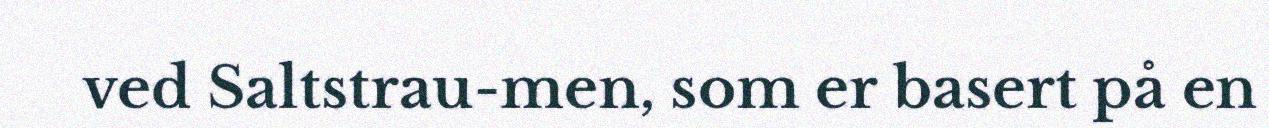
ved Saltstrau-men, som er basert på en